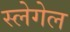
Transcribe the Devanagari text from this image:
स्लेगेल